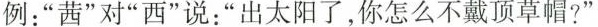
列：”茜”对”西”说：”出太阳了，你怎么不戴顶草帽?”